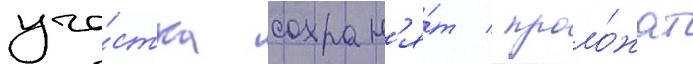
уча́стка сохран'я́т / проло́жат